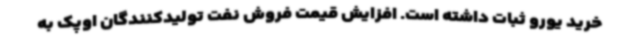
خرید یورو ثبات داشته است. افزایش قیمت فروش نفت تولیدکنندگان اوپک به